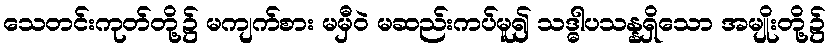
သေတင်းကုတ်တို့၌ မကျက်စား မမှီဝဲ မဆည်းကပ်မူ၍ သဒ္ဓါပသန္နရှိသော အမျိုးတို့၌